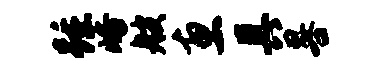
踵峪艘惠具晷